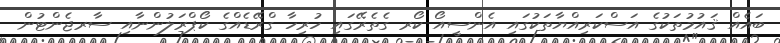
ބައެއް ޤައުމުތަކުގެ އަސްކަރިއްޔާތަކުގައި އެންސީއޯ ކޯރ ގެތެރޭގައި ހުރިހާ ގްރޭޑެއްގެ ކޯޕްރަލުންނާއި ސާރޖެންޓުން